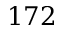
1 7 2